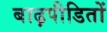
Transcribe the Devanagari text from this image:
बाढ़पीडितों